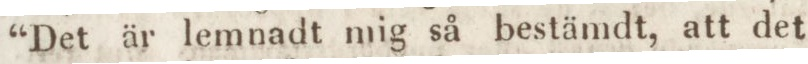
“Det är lemnadt mig så bestämdt, att det